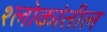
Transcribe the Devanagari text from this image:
श्लोकांतील